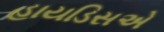
હાયડિસએ